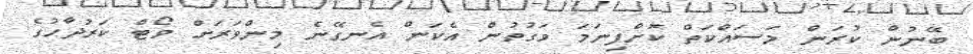
ބޭނުން ކުރަން މަސައްކަތް ކޮށްފިނަމަ ވަގުތުން އެކަން އެނގޭނެ މިންވަރަށް ވޯޓް ކަރުދާހުގެ